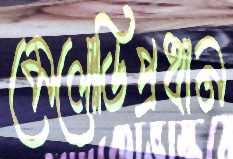
মেলোডিপ্রধান